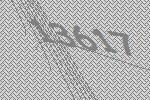
13617